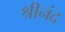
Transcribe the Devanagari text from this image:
श्रीनंद